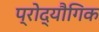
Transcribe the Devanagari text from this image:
प्रोद्यौगिक